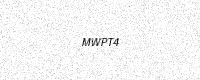
Text: MWPT4